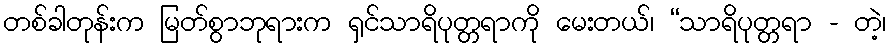
တစ်ခါတုန်းက မြတ်စွာဘုရားက ရှင်သာရိပုတ္တရာကို မေးတယ်၊ “သာရိပုတ္တရာ - တဲ့၊